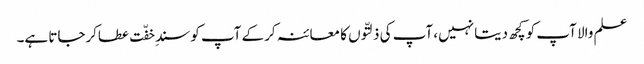
علم والا آپ کو کچھ دیتا نہیں، آپ کی ذلتّوں کا معائنہ کرکے آپ کو سندِ خفّت عطاکرجاتا ہے۔